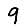
Digit: 9